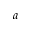
a